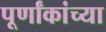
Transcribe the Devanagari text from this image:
पूर्णांकांच्या